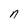
Character: n